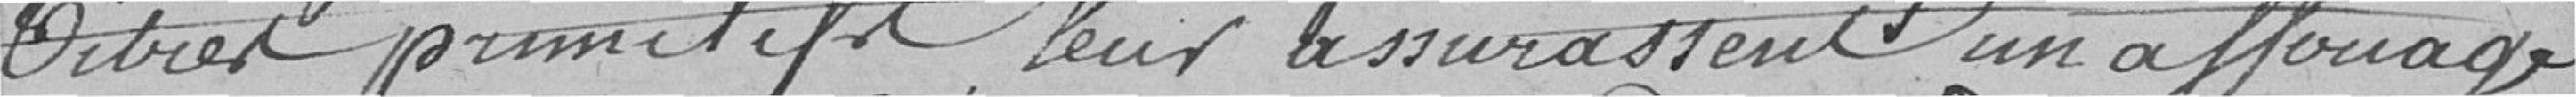
titres primitifs leur assure un affouage